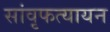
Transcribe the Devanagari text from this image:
सांवृफत्यायन